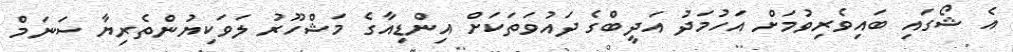
އެ ޝޯގައި ބައިވެރިވުމަށް އަހުމަދު އަދީބްގެ ދައުވަތަކަށް އިންޑިއާގެ މަޝްހޫރު ލަވަކިޔުންތެރިޔާ ސަނަމް